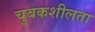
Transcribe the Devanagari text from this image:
चुबकशीलता